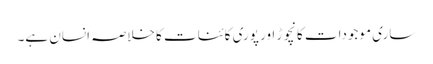
ساری موجودات کانچوڑ اور پوری کائنات کا خلاصہ انسان ہے۔